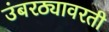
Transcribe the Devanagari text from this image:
उंबरठ्यावरती